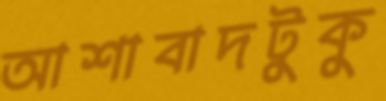
আশাবাদটুকু